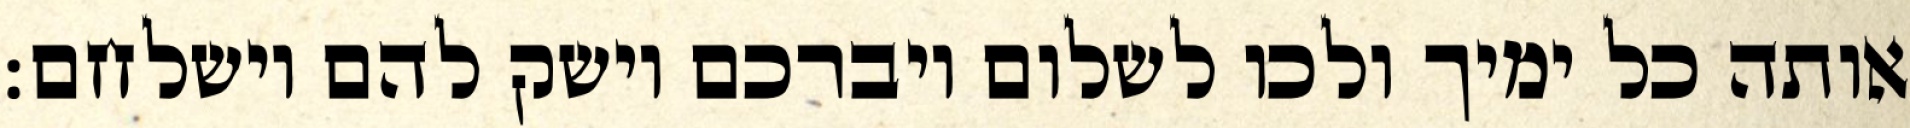
אותה כל ימיך ולכו לשלום ויברכם וישק להם וישלחם: